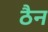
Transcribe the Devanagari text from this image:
ठैन